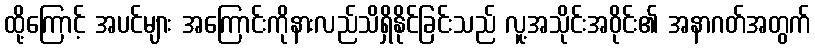
ထို့ကြောင့် အပင်များ အကြောင်းကိုနားလည်သိရှိနိုင်ခြင်းသည် လူ့အသိုင်းအဝိုင်း၏ အနာဂတ်အတွက်